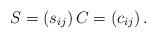
LaTeX: \begin{align*}S=\left( s_{ij}\right) C=\left( c_{ij}\right) .\end{align*}